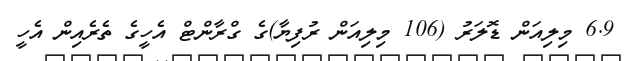
6.9 މިލިއަން ޑޮލަރު (106 މިލިއަން ރުފިޔާ)ގެ ގްރާންޓް އެހީގެ ތެރެއިން އެހީ